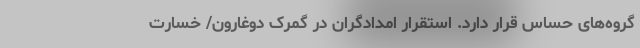
گروه‌های حساس قرار دارد. استقرار امدادگران در گمرک دوغارون/ خسارت